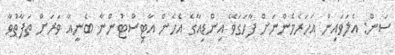
ސަން: އެލަވައިން އަހަރެމެންނަށް ފާހަގަވޭ އިންޑިއާގެ އެހެން އާޓިސްޓުންނާ ބެނީއާ ވަރަށް ތަފާތުވާ